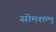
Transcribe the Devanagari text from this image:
सोमशम्भु